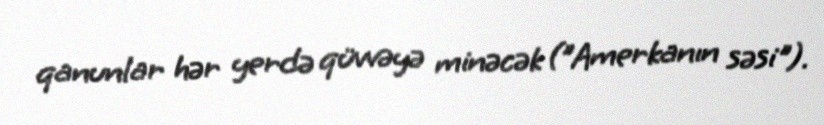
qanunlar hər yerdə qüvvəyə minəcək ("Amerkanın səsi").